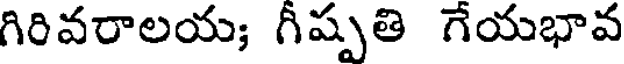
గిరివరాలయ; గీష్పతి గేయభావ